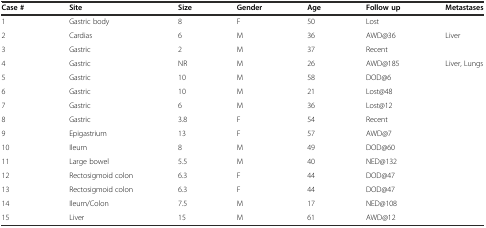
<table><thead><tr><td><b>Case #</b></td><td><b>Site</b></td><td><b>Size</b></td><td><b>Gender</b></td><td><b>Age</b></td><td><b>Follow up</b></td><td><b>Metastases</b></td></tr></thead><tbody><tr><td>1</td><td>Gastric body</td><td>8</td><td>F</td><td>50</td><td>Lost</td><td></td></tr><tr><td>2</td><td>Cardias</td><td>6</td><td>M</td><td>36</td><td>AWD@36</td><td>Liver</td></tr><tr><td>3</td><td>Gastric</td><td>2</td><td>M</td><td>37</td><td>Recent</td><td></td></tr><tr><td>4</td><td>Gastric</td><td>NR</td><td>M</td><td>26</td><td>AWD@185</td><td>Liver, Lungs</td></tr><tr><td>5</td><td>Gastric</td><td>10</td><td>M</td><td>58</td><td>DOD@6</td><td></td></tr><tr><td>6</td><td>Gastric</td><td>10</td><td>M</td><td>21</td><td>Lost@48</td><td></td></tr><tr><td>7</td><td>Gastric</td><td>6</td><td>M</td><td>36</td><td>Lost@12</td><td></td></tr><tr><td>8</td><td>Gastric</td><td>3.8</td><td>F</td><td>54</td><td>Recent</td><td></td></tr><tr><td>9</td><td>Epigastrium</td><td>13</td><td>F</td><td>57</td><td>AWD@7</td><td></td></tr><tr><td>10</td><td>Ileum</td><td>8</td><td>M</td><td>49</td><td>DOD@60</td><td></td></tr><tr><td>11</td><td>Large bowel</td><td>5.5</td><td>M</td><td>40</td><td>NED@132</td><td></td></tr><tr><td>12</td><td>Rectosigmoid colon</td><td>6.3</td><td>F</td><td>44</td><td>DOD@47</td><td></td></tr><tr><td>13</td><td>Rectosigmoid colon</td><td>6.3</td><td>F</td><td>44</td><td>DOD@47</td><td></td></tr><tr><td>14</td><td>Ileum/Colon</td><td>7.5</td><td>M</td><td>17</td><td>NED@108</td><td></td></tr><tr><td>15</td><td>Liver</td><td>15</td><td>M</td><td>61</td><td>AWD@12</td><td></td></tr></tbody></table>